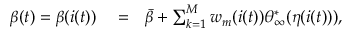
\begin{array} { r l r } { \beta ( t ) = \beta ( i ( t ) ) } & { { } = } & { \bar { \beta } + \sum _ { k = 1 } ^ { M } w _ { m } ( i ( t ) ) { \theta } _ { \infty } ^ { * } ( \eta ( i ( t ) ) ) , } \end{array}